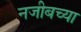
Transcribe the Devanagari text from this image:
नजीबच्या